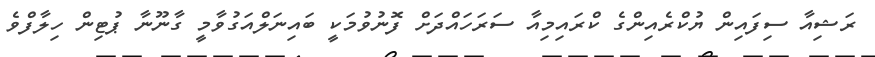
ރަޝިއާ ސިފައިން ޔުކްރެއިންގެ ކްރައިމިއާ ސަރަހައްދަށް ފޮނުވުމަކީ ބައިނަލްއަގުވާމީ ގާނޫނާ ޕުޓިން ހިލާފްވެ